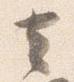
去